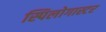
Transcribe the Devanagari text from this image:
स्पिलोगास्टर